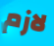
لازم